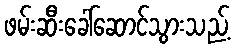
ဖမ်းဆီးခေါ်ဆောင်သွားသည့်